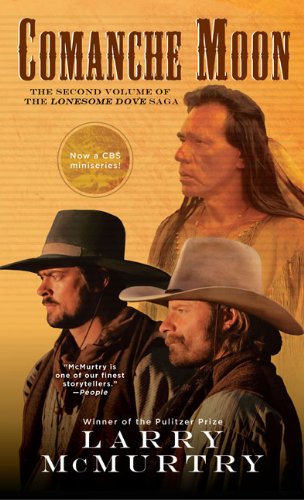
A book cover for Comanche Moon (Lonesome Dove); Larry McMurtry; Teen & Young Adult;